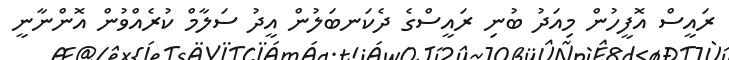
ރައީސް އޮފީހުން މިއަދު ބުނި ރައީސްގެ ދެކަނބަލުން އީދު ސަލާމް ކުރެއްވުން އޮންނާނީ